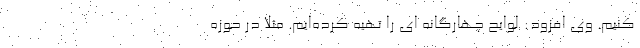
کنیم. وی افزود: لوایح چهارگانه ای را تهیه کرده‌ایم. مثلاً در حوزه